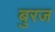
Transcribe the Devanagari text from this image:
बुरज